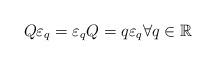
LaTeX: \begin{align*} Q \varepsilon_q = \varepsilon_q Q = q \varepsilon_q\forall q \in \mathbb{R}\end{align*}